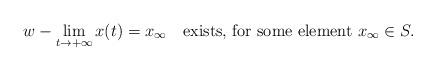
LaTeX: \begin{align*}w-\lim_{t\to+\infty}x(t)=x_{\infty}\ \ \mbox{ exists, for some element }x_{\infty}\in S.\end{align*}